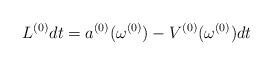
LaTeX: \begin{align*}L^{(0)} dt=a^{(0)}(\omega^{(0)})-V^{(0)}(\omega^{(0)}) dt\end{align*}